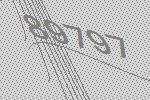
89797